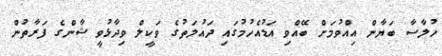
ހުލާސާ ބަޔާން އިއްވުމަށް ބޭއްވި އަޑުއެހުމުގައި ދައުލަތުގެ ވަކީލް ވިދާޅުވީ ޝާންގެ ފަރާތުން